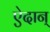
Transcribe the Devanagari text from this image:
ऐदान्